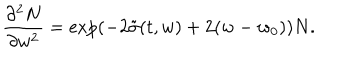
\frac { \partial ^ { 2 } N } { \partial w ^ { 2 } } = \exp ( - 2 \tilde { \sigma } ( t , w ) + 2 ( w - w _ { 0 } ) ) N .